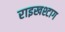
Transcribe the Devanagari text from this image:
राइखश्टाग